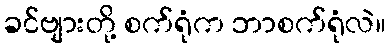
ခင်ဗျားတို့ စက်ရုံက ဘာစက်ရုံလဲ။